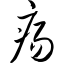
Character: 疡